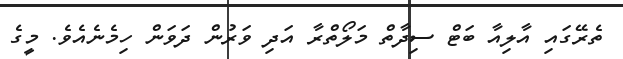
ތެރޭގައި އާލިއާ ބަޓް ސިދާތް މަލޯތްރާ އަދި ވަރުން ދަވަން ހިމެނެއެވެ. މީގެ